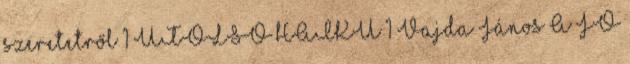
szeretetről 1 UTOLSÓ HAIKU 1 Vajda János A JÓ